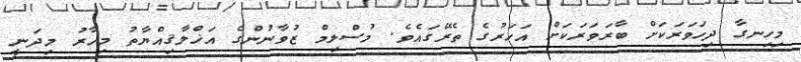
މިހިނގާ ދިހަވަރަކަށް ބާރަވަރަކަށް އަހަރުގެ ތެރޭގައެވެ. މުސްލިމް ޒުވާނުންގެ އަޚްލާޤިއްޔާތު މިހާރު މިދަނީ